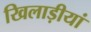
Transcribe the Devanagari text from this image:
खिलाड़ीयां